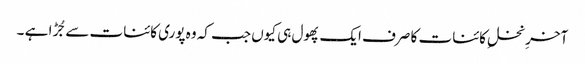
آخرِ نخلِ کائنات کا صرف ایک پھول ہی کیوں جب کہ وہ پوری کائنات سے جُڑا ہے ۔